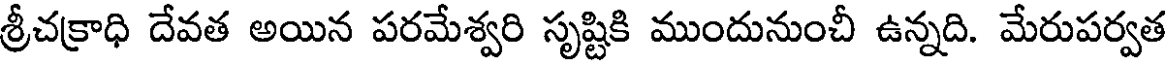
శ్రీచక్రాధి దేవత అయిన పరమేశ్వరి సృష్టికి ముందునుంచీ ఉన్నది. మేరుపర్వత